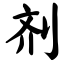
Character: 剂